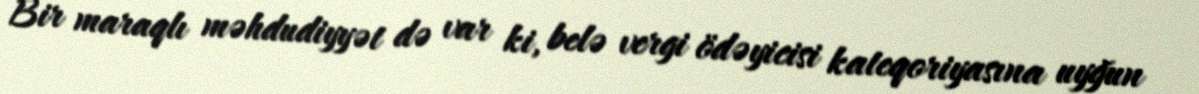
Bir maraqlı məhdudiyyət də var ki, belə vergi ödəyicisi kateqoriyasına uyğun